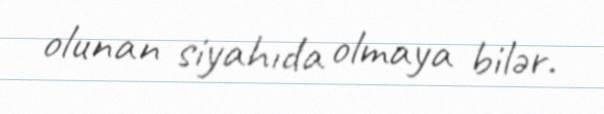
olunan siyahıda olmaya bilər.